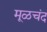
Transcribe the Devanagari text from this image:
मूळचंद